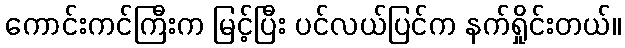
ကောင်းကင်ကြီးက မြင့်ပြီး ပင်လယ်ပြင်က နက်ရှိုင်းတယ်။